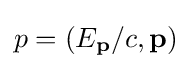
p=(E_{\mathbf {p} }/c,\mathbf {p} )